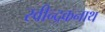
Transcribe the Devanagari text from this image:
रवीन्द्रकनाथ